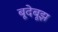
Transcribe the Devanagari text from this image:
बूदेबूझ